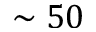
\sim 5 0